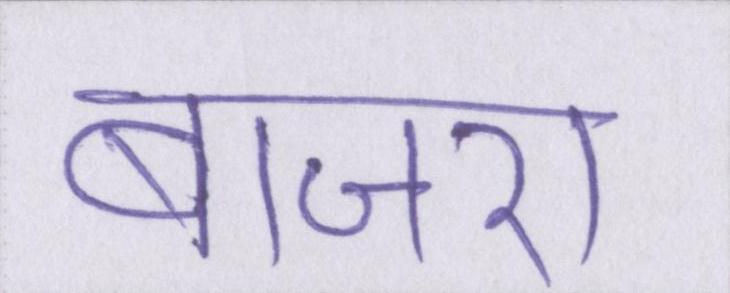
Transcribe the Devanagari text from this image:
बाजरा